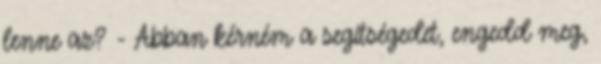
lenne az? - Abban kérném a segítségedet, engedd meg,